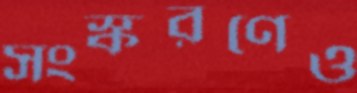
সংস্করণেও